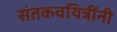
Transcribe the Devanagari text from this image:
संतकवयित्रींनी